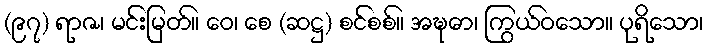
(၉၇) ရာဇ၊ မင်းမြတ်။ ဝေ၊ စေ (ဆဋ္ဌ) စင်စစ်။ အဍ္ဎော၊ ကြွယ်ဝသော။ ပုရိသော၊